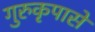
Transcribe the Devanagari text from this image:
गुरुकृपासे